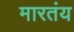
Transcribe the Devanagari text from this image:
मारतंय